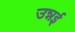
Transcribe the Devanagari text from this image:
उन्नई